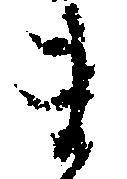
ま